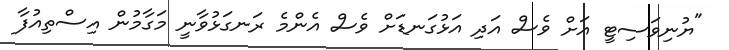
"ޔުނިވަސިޓީ އަށް ވެސް އަދި އަޅުގަނޑަށް ވެސް އެންމެ ރަނގަޅުވާނީ މަގާމުން އިސްތިއުފާ